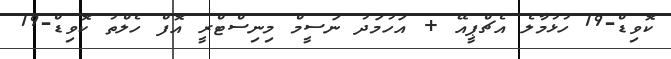
ކޮވިޑް-19 ހުޅުމާލެ އެޗްޕީއޭ + އަހުމަދު ނަސީމް މިނިސްޓްރީ އޮފް ހެލްތު ކޮވިޑް-19